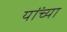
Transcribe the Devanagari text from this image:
यांंच्या